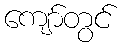
ကျော်တွင်